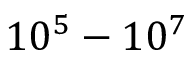
1 0 ^ { 5 } - 1 0 ^ { 7 }